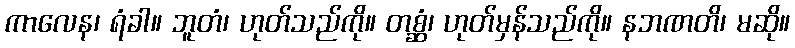
ကာလေန၊ ရံခါ။ ဘူတံ၊ ဟုတ်သည်ကို။ တစ္ဆံ၊ ဟုတ်မှန်သည်ကို။ နဘဏတိ၊ မဆို။